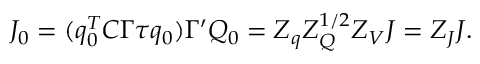
J _ { 0 } = ( q _ { 0 } ^ { T } C \Gamma \tau q _ { 0 } ) \Gamma ^ { \prime } Q _ { 0 } = Z _ { q } Z _ { Q } ^ { 1 / 2 } Z _ { V } J = Z _ { J } J .